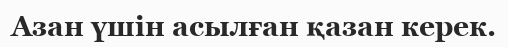
Азан үшін асылған қазан керек.